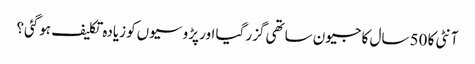
آنٹی کا 50 سال کا جیون ساتھی گزر گیا اور پڑوسیوں‌کو زیادہ تکلیف ہوگئی؟